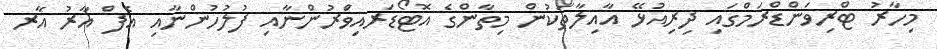
މިހާރު ޓްރިވަންޑްރަމްގައި ދިރިއުޅޭ އާއިލާތަކުން މިތާންގެ އޮޓޯޑަރއިވްަރުންނާއި ފުލުހުންނާއި އެފް އާރު އާރ